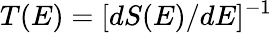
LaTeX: T(E)=[dS(E)/dE]^{-1}